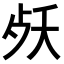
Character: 𣧕